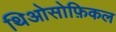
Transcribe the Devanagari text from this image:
थिओसोफ़िकल